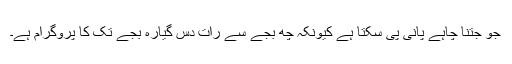
جو جتنا چاہے پانی پی سکتا ہے کیونکہ چھ بجے سے رات دس گیارہ بجے تک کا پروگرام ہے۔